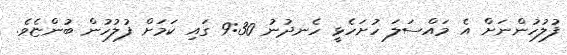
ފުލުހުންނަށް އެ މައްސަލަ ހުށަހެޅީ ހެނދުނު 9:30 ގައި ކަމަށް ފުލުހުން ބުންޏެވެ.